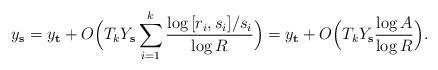
LaTeX: \begin{align*}y_{\mathbf{s}}=y_{\mathbf{t}}+O\Bigl(T_k Y_{\mathbf{s}} \sum_{i=1}^k\frac{\log{[r_i,s_i]/s_i}}{\log{R}}\Bigr)=y_{\mathbf{t}}+O\Bigl(T_k Y_{\mathbf{s}} \frac{\log{A}}{\log{R}}\Bigr).\end{align*}